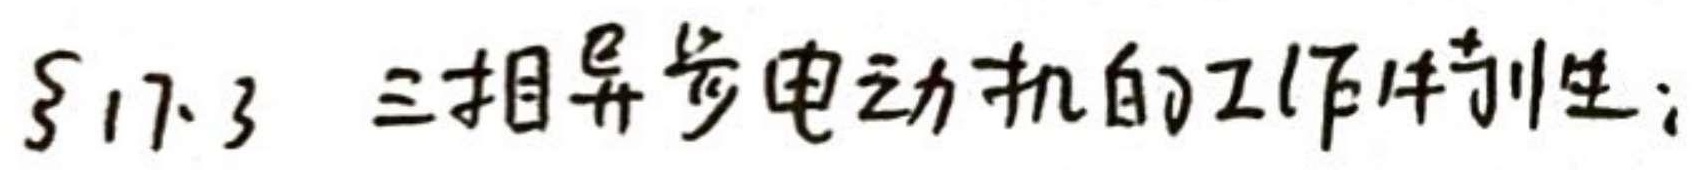
$\S 17.3$ 三相异步电动机的工作特性；